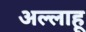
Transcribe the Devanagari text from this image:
अल्लाहू